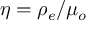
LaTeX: \eta = \rho _ { e } / \mu _ { o }